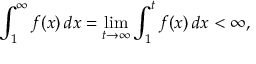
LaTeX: \int _ { 1 } ^ { \infty } f ( x ) \, d x = \operatorname* { l i m } _ { t \to \infty } \int _ { 1 } ^ { t } f ( x ) \, d x < \infty ,